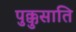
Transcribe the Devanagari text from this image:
पुक्कुसाति